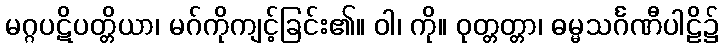
မဂ္ဂပဋိပတ္တိယာ၊ မဂ်ကိုကျင့်ခြင်း၏။ ဝါ၊ ကို။ ဝုတ္တတ္တာ၊ ဓမ္မသင်္ဂဏီပါဠိ၌